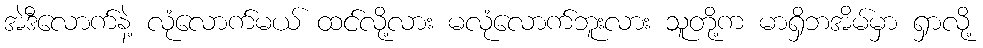
အဲဒီလောက်နဲ့ လုံလောက်မယ် ထင်လို့လား မလုံလောက်ဘူးလား သူတို့က မာရှိဘအိမ်မှာ ရှာလို့